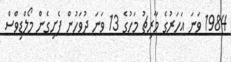
1984 ވަނަ އަހަރުގެ މާރިޗު މަހުގެ 13 ވަނަ ދުވަހުން ފެށިގެން މޯލްޑިވްސް